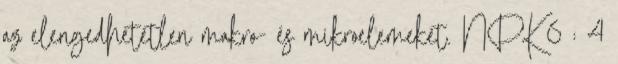
az elengedhetetlen makro- és mikroelemeket. NPK 6 : 4